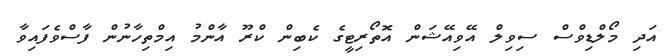
އަދި މޯލްޑިވްސް ސިވިލް އޭވިއޭޝަން އޮތޯރިޓީގެ ކެބިން ކްރޫ އާންމު އިމްތިހާނުން ފާސްވެފައިވާ